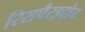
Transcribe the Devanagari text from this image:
रिसपैरइदोन